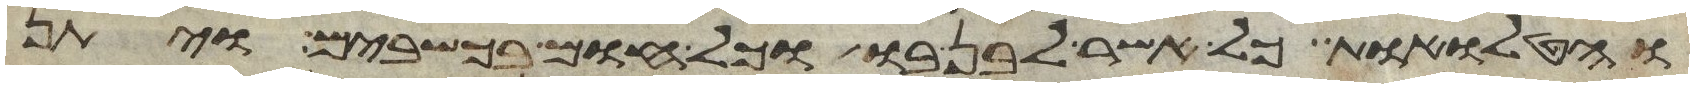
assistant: והטלואת כל אשר לבן בו וכל חום בכשבים ויתן